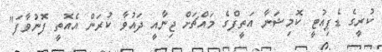
ކުރީގެ ޑެޕިއުޓީ ކޮމިޝަނާ އަތީފްގެ މައްޗަށް ޖިނާއީ ދައުވާ ކުރަން އެއޮތީ ފޮނުވާފަ"